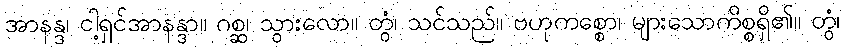
အာနန္ဒ၊ ငါ့ရှင်အာနန္ဒာ။ ဂစ္ဆ၊ သွားလော။ တွံ၊ သင်သည်။ ဗဟုကစ္စော၊ များသောကိစ္စရှိ၏။ တွံ၊